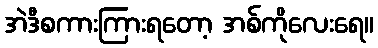
အဲဒီစကားကြားရတော့ အစ်ကိုလေးရေ။